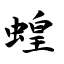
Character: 蝗